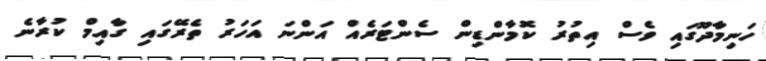
ހަނިމާދޫގައި ވެސް އިތުރު ކޮމާންޑިން ސެންޓަރެއް އަންނަ އަހަރު ތެރޭގައި ގާއިމް ކުރާނެ